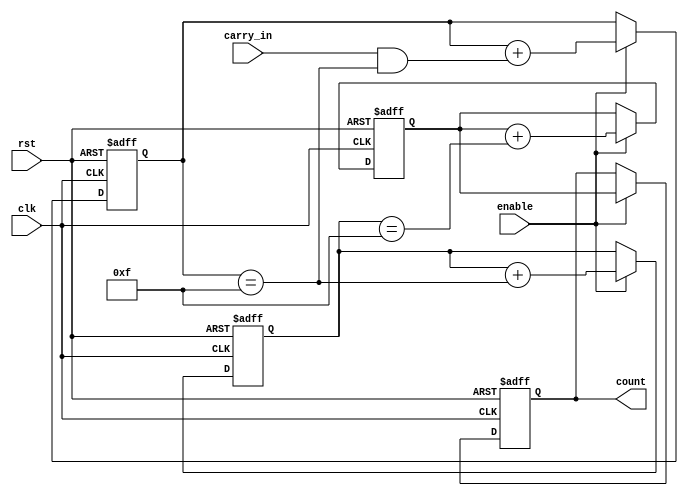
module cascaded_counter(
    input clk,
    input rst,
    input enable,
    input carry_in,
    output reg [15:0] count
);

reg [15:0] count1, count2, count3;

always @(posedge clk or posedge rst) begin
    if (rst) begin
        count1 <= 16'b0;
        count2 <= 16'b0;
        count3 <= 16'b0;
        count <= 16'b0;
    end else if (enable) begin
        count1 <= count1 + (carry_in && (count1 == 16'b1111));
        count2 <= count2 + (count1 == 16'b1111);
        count3 <= count3 + (count2 == 16'b1111);
        count <= count3;
    end
end

endmodule